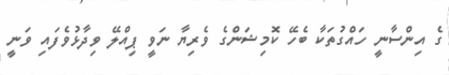
ގެ އިންސާނީ ހައްގުތަކާ ބެހޭ ކޮމިޝަންގެ ވެރިޔާ ނަވީ ޕިއްލޭ ވިދާޅުވެފައި ވަނީ